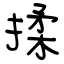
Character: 揉